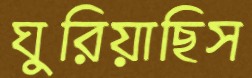
ঘুরিয়াছিস